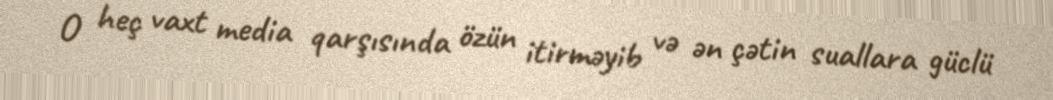
O heç vaxt media qarşısında özün itirməyib və ən çətin suallara güclü